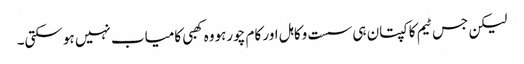
لیکن جس ٹیم کا کپتان ہی سست وکاہل اور کام چورہووہ کھبی کامیاب نہیں ہوسکتی۔